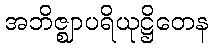
အဘိဇ္ဈာပရိယုဋ္ဌိတေန